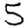
Digit: 5